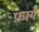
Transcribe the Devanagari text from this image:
फ़ाग